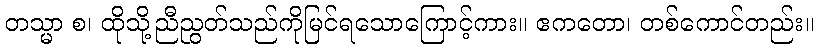
တသ္မာ စ၊ ထိုသို့ညီညွတ်သည်ကိုမြင်ရသောကြောင့်ကား။ ဧကတော၊ တစ်ကောင်တည်း။